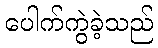
ပေါက်ကွဲခဲ့သည်